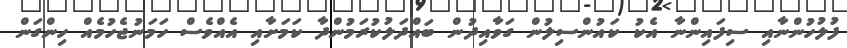
ފުލުހުންނާއި ސިފައިންނާ އެކު ކައުންސިލުން ގަވާއިދުން ބައްދަލުކުރަމުންދާ ކަމަށާއި އެއްވެސް ހަމަނުޖެހުމެއް ހިންގަން